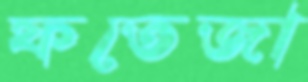
ফতেজা